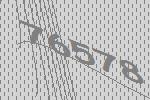
76578